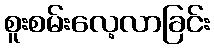
စူးစမ်းလေ့လာခြင်း